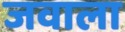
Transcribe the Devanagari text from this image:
जवाला